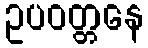
ဥပဝတ္တနေ